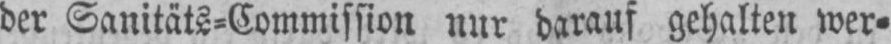
der Sanitäts⸗Commission nur darauf gehalten wer⸗